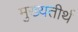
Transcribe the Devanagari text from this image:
मुख्यतीर्थ